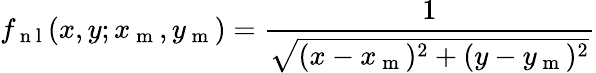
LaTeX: f_{\mathrm{~n~l~}}(x,y;x_{\mathrm{~m~}},y_{\mathrm{~m~}})=\frac{1}{\sqrt{(x-x_{\mathrm{~m~}})^{2}+(y-y_{\mathrm{~m~}})^{2}}}